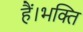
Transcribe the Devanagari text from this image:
हैं।भक्ति